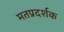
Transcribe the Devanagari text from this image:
मतप्रदर्शक